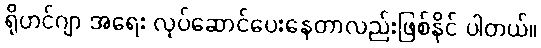
ရိုဟင်ဂျာ အရေး လုပ်ဆောင်ပေးနေတာလည်းဖြစ်နိုင် ပါတယ်။